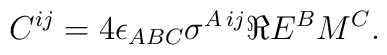
C^{ij}= 4\epsilon_{ABC}\sigma^{A\, ij} \Re E^B M^C .